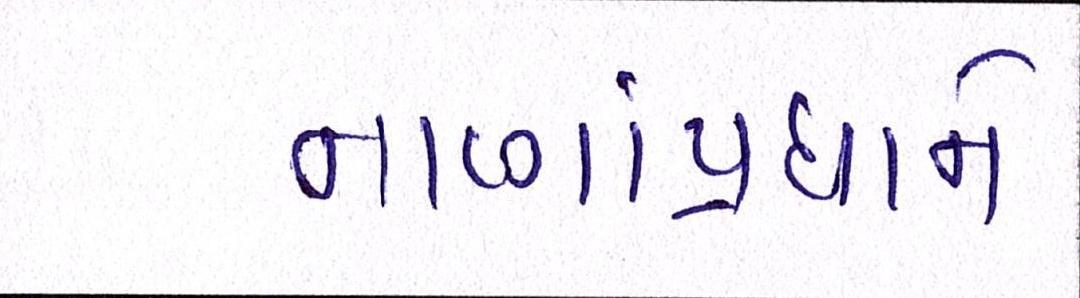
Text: નાણાંપ્રધાને